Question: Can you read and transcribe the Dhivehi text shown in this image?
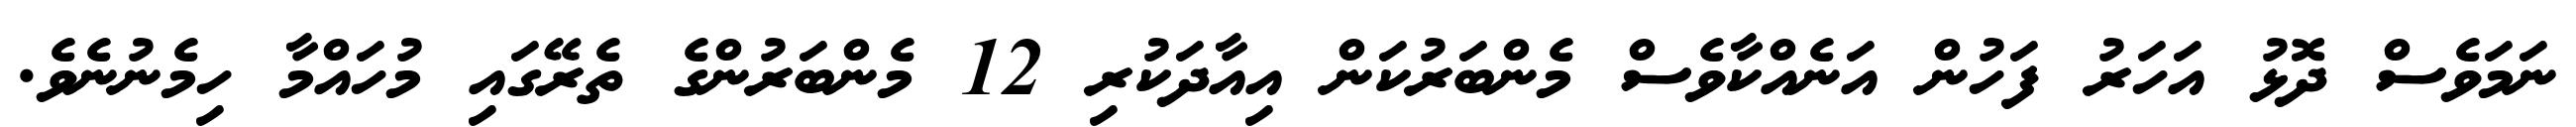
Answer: ނަމަވެސް ދޮޅު އަހަރު ފަހުން އަނެއްކާވެސް މެންބަރުކަން އިއާދަކުރި 12 މެންބަރުންގެ ތެރޭގައި މުހައްމާ ހިމެނުނެވެ.